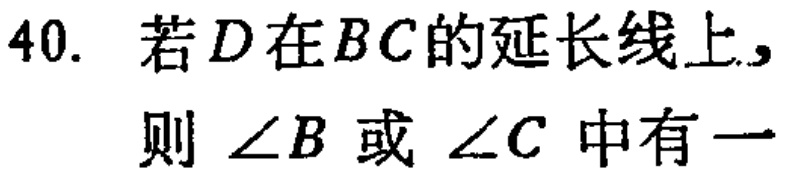
40. 若\(D\)在\(BC\)的延长线上，则\(\angle B\)或\(\angle C\)中有一